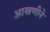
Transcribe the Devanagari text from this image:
आखणीने